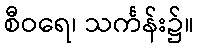
စီဝရေ၊ သင်္ကန်း၌။